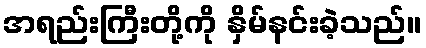
အရည်းကြီးတို့ကို နှိမ်နင်းခဲ့သည်။